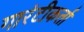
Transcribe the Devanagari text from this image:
गारंटीकर्ता